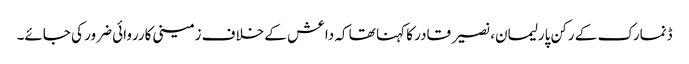
ڈنمارک کے رکن پارلیمان، نصیر قادر کا کہنا تھا کہ داعش کے خلاف زمینی کارروائی ضرور کی جائے۔